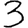
Digit: 3